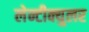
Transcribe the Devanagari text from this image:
लेन्टीक्युलर